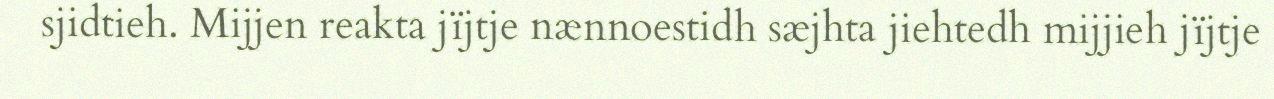
sjidtieh. Mijjen reakta jïjtje nænnoestidh sæjhta jiehtedh mijjieh jïjtje